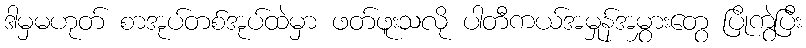
ဒါမှမဟုတ် စာအုပ်တစ်အုပ်ထဲမှာ ဖတ်ဖူးသလို ပါတီကယ်အမှုန်အမွှားတွေ ပြိုကွဲပြီး